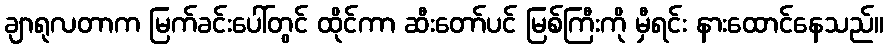
ချာရုလတာက မြက်ခင်းပေါ်တွင် ထိုင်ကာ ဆီးတော်ပင် မြစ်ကြီးကို မှီရင်း နားထောင်နေသည်။